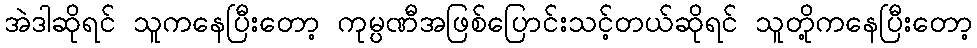
အဲဒါဆိုရင် သူကနေပြီးတော့ ကုမ္ပဏီအဖြစ်ပြောင်းသင့်တယ်ဆိုရင် သူတို့ကနေပြီးတော့